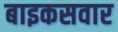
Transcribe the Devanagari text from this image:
बाइकसवार